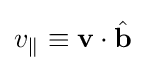
v_{\parallel }\equiv \mathbf {v} \cdot {\hat {\mathbf {b} }}